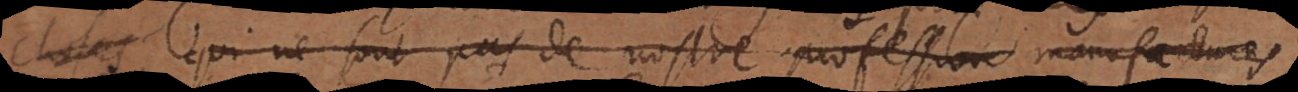
choses qui ne sont pas de nostre profession des manufactures